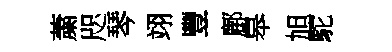
䔥咫琴翊豐鄜皋旭駝